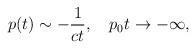
LaTeX: \begin{align*}p(t)\sim-{1\over ct},\quad p_0t\to-\infty,\end{align*}